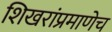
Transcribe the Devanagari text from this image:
शिखरांप्रमाणेच